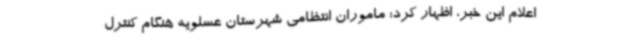
اعلام این خبر، اظهار کرد: ماموران انتظامی شهرستان عسلویه هنگام کنترل